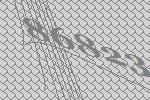
86823